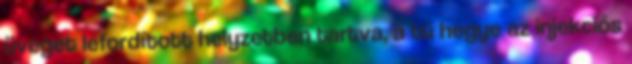
üveget lefordított helyzetben tartva, a tű hegye az injekciós